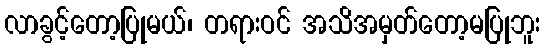
လာခွင့်တော့ပြုမယ်၊ တရားဝင် အသိအမှတ်တော့မပြုဘူး